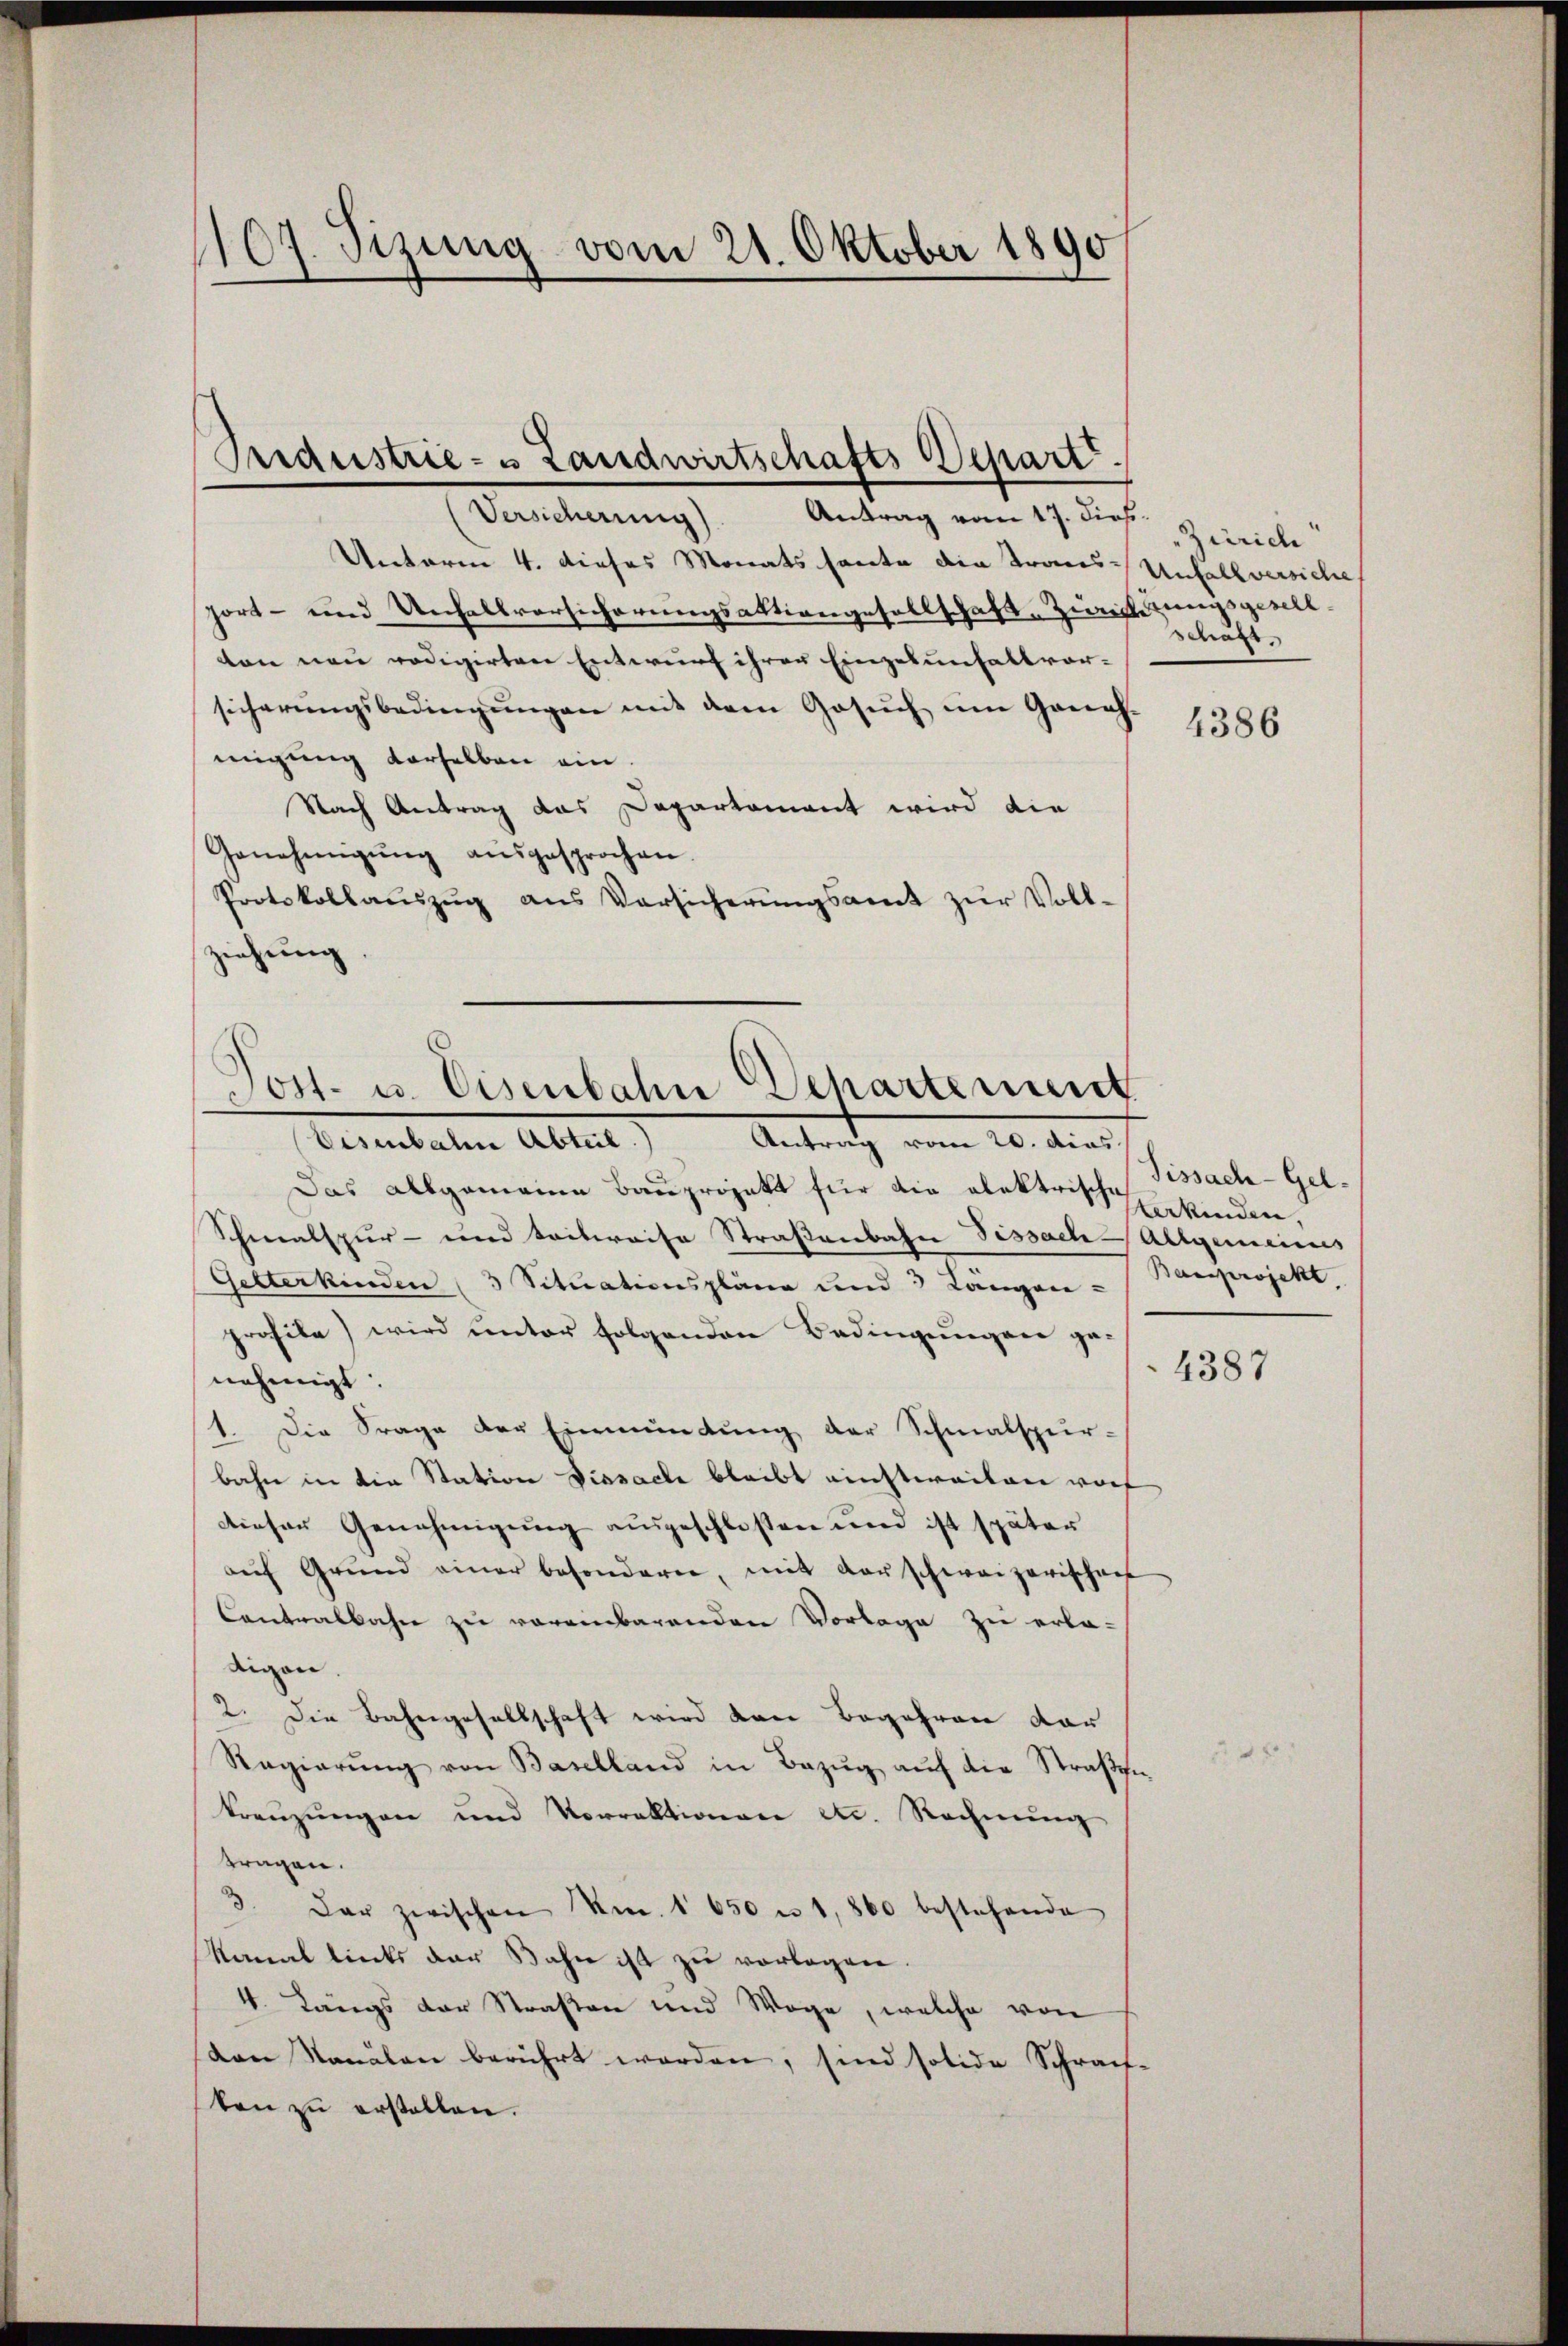
107. Sizung vom 21. Oktober 1890

Oridustrie- u Landwirtschafts-Depart.
Versicherung). Antrag vom 17. dies

Unterm 4. dieses Monats heute die Trans-Unfallversiche
port- und Unfallversicherungsaktiengesellschaft, Zürichtungsgesellton neu redigirten Entwurf ihrer Einzelunhaltvor-
sicherungsbedingungen mit dem Gesuch um Geneh-
migung derselben ein.
Nach Antrag das Departement wird die
Genehmigŭng aŭsgesprochen.
Protokollaŭszŭg ans Versicherŭngsamt zŭr Voll-
ziehung.
Eisenbalen Abteil.
Das allgemeine Bauprojekt für die elektrische
Schmalspur- und teilweise Straßenbahn Fissach Allgemeines
Getterkinden 3 Situationspläne und 3 Längen-
profile) wird ŭnter folgenden Bedingŭngen ge-
4387
nehmigt:
1. Die Frage der Einmündung der Schmalspur-
bahn in die Station Dissache bleibt einstweilen warf
dieser Genehmigung ausgeschloßen und ist später
aŭf Grŭnd einer besondere, mit der schweizerischen
Contralbahn zu voreinbarenden Vorlage zu erla-
digen.
2. Die Bahngesellschaft wird den Begehren dar
Ragierŭng von Baselland in Bezŭg aŭf die Straβen-
kreuzungen und Vorrektionen etc. Rechnung
tragen.
3. Der zwischen Nr. 1650 u 1,800 bestehende
Kanal links der Bahn ist zu vorlagen.
4. Längs der Straßen und Wege, welche von
von Nanälen berührt worden, sind solide Schrach-
sten zu erstellen.

Post- u. Eisenbahn Departement

Antrath vom 20. dies

Zürich
schöns

4386

Sissach-Gelterkinden.
Banprojekt,